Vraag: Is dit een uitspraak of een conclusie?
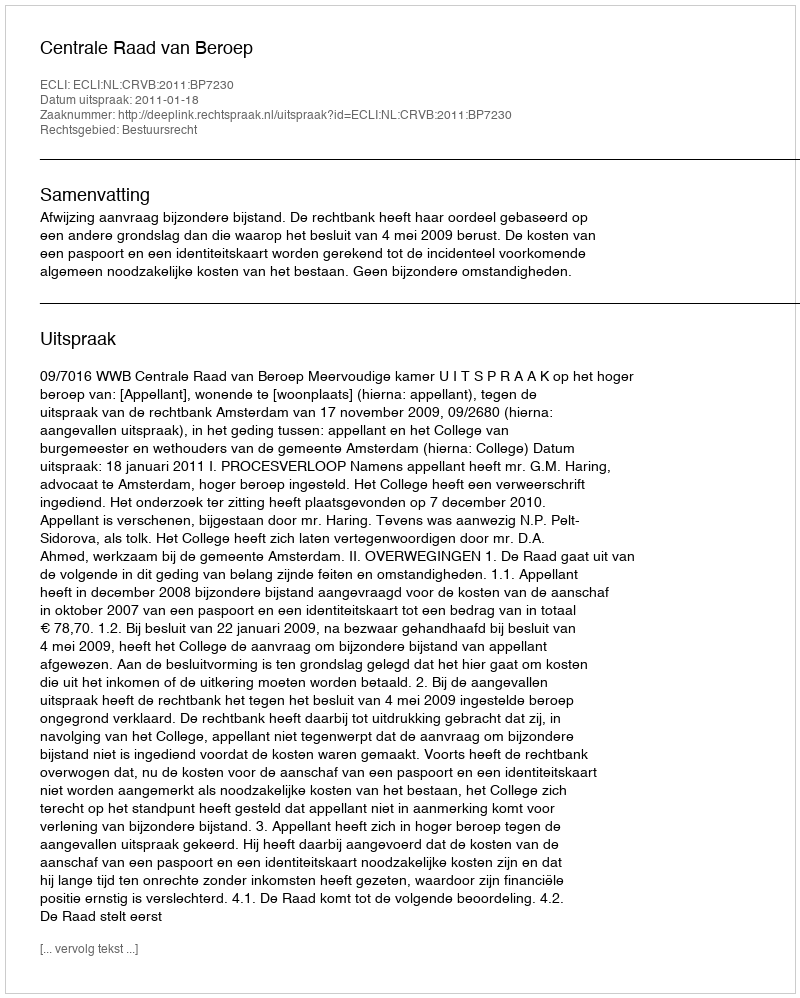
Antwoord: Uitspraak